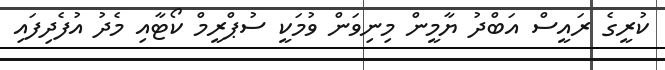
ކުރީގެ ރައީސް އަބްދު ޔާމީން މިނިވަން ވުމަކީ ސުޕްރީމް ކޯޓާއި މެދު އުފެދިފައި